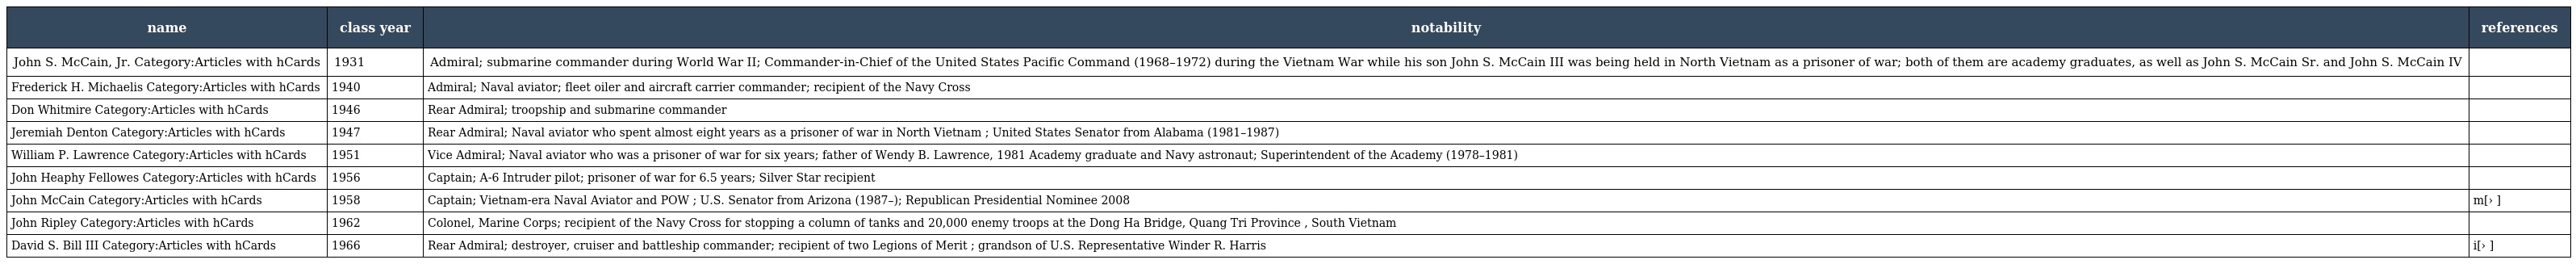
| name | class year | notability | references |
 | --- | --- | --- | --- |
 | John S. McCain, Jr. Category:Articles with hCards | 1931 | Admiral; submarine commander during World War II; Commander-in-Chief of the United States Pacific Command (1968–1972) during the Vietnam War while his son John S. McCain III was being held in North Vietnam as a prisoner of war; both of them are academy graduates, as well as John S. McCain Sr. and John S. McCain IV |  |
 | Frederick H. Michaelis Category:Articles with hCards | 1940 | Admiral; Naval aviator; fleet oiler and aircraft carrier commander; recipient of the Navy Cross |  |
 | Don Whitmire Category:Articles with hCards | 1946 | Rear Admiral; troopship and submarine commander |  |
 | Jeremiah Denton Category:Articles with hCards | 1947 | Rear Admiral; Naval aviator who spent almost eight years as a prisoner of war in North Vietnam ; United States Senator from Alabama (1981–1987) |  |
 | William P. Lawrence Category:Articles with hCards | 1951 | Vice Admiral; Naval aviator who was a prisoner of war for six years; father of Wendy B. Lawrence, 1981 Academy graduate and Navy astronaut; Superintendent of the Academy (1978–1981) |  |
 | John Heaphy Fellowes Category:Articles with hCards | 1956 | Captain; A-6 Intruder pilot; prisoner of war for 6.5 years; Silver Star recipient |  |
 | John McCain Category:Articles with hCards | 1958 | Captain; Vietnam-era Naval Aviator and POW ; U.S. Senator from Arizona (1987–); Republican Presidential Nominee 2008 | m[› ] |
 | John Ripley Category:Articles with hCards | 1962 | Colonel, Marine Corps; recipient of the Navy Cross for stopping a column of tanks and 20,000 enemy troops at the Dong Ha Bridge, Quang Tri Province , South Vietnam |  |
 | David S. Bill III Category:Articles with hCards | 1966 | Rear Admiral; destroyer, cruiser and battleship commander; recipient of two Legions of Merit ; grandson of U.S. Representative Winder R. Harris | i[› ] |